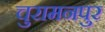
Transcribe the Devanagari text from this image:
चुरामनपुर